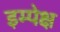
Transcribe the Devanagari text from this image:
इम्पेक्ष